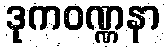
ဒုကဝဏ္ဏနာ